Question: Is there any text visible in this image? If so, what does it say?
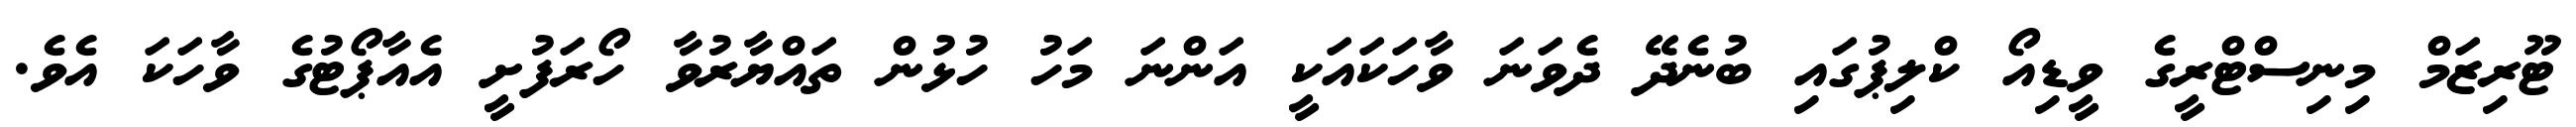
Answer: ޓޫރިޒަމް މިނިސްޓްރީގެ ވީޑިއޯ ކްލިޕުގައި ބުނެދޭ ދެވަނަ ވާހަކައަކީ އަންނަ މަހު ހުޅުން ތައްޔާރުވާ ހޯރަފުށީ އެއާޕޯޓުގެ ވާހަކަ އެވެ.